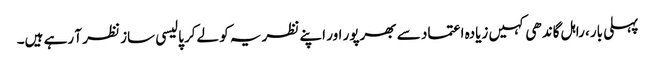
پہلی بار، راہل گاندھی کہیں زیادہ اعتماد سے بھرپور اور اپنے نظریہ کو لےکر پالیسی ساز نظر آ رہے ہیں۔